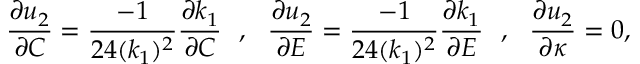
\frac { \partial u _ { 2 } } { \partial C } = \frac { - 1 } { 2 4 ( k _ { 1 } ) ^ { 2 } } \frac { \partial k _ { 1 } } { \partial C } ~ ~ , ~ ~ \frac { \partial u _ { 2 } } { \partial E } = \frac { - 1 } { 2 4 ( k _ { 1 } ) ^ { 2 } } \frac { \partial k _ { 1 } } { \partial E } ~ ~ , ~ ~ \frac { \partial u _ { 2 } } { \partial \kappa } = 0 ,